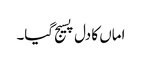
اماں کا دل پسیج گیا۔